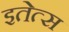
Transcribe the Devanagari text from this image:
इतेत्स